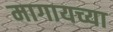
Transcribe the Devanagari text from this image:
मागायच्या